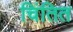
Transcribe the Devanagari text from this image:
चिंतित